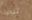
تنحرف